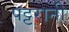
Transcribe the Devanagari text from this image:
पट्टरानी